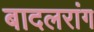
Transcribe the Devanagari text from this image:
बादलरांग